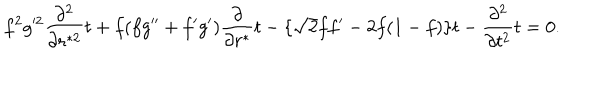
LaTeX: f ^ { 2 } g ^ { 2 } { \frac { \partial ^ { 2 } } { \partial r ^ { * 2 } } } t + f ( f g ^ { \prime \prime } + f ^ { \prime } g ^ { \prime } ) { \frac { \partial } { \partial r ^ { * } } } t - \{ \sqrt 2 f f ^ { \prime } - 2 f ( 1 - f ) \} t - { \frac { \partial ^ { 2 } } { \partial t ^ { 2 } } } t = 0 .